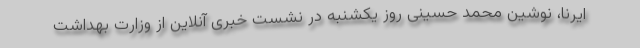
ایرنا، نوشین محمد حسینی روز یکشنبه در نشست خبری آنلاین از وزارت بهداشت